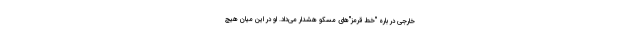
خارجی در باره "خط قرمز"های مسکو هشدار می‌داد. او در این میان هیچ